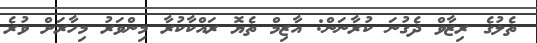
ތެލުގެ ރިޒާވް ދެގުނަ ކުރާނަން: އާޒިމް ތެޔޮ ރައްކާކުރާ މިންވަރު މިހާރަށް ވުރެ